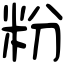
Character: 粉